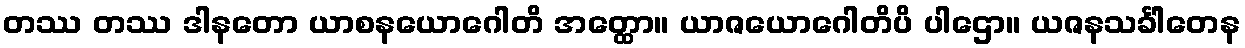
တဿ တဿ ဒါနတော ယာစနယောဂေါတိ အတ္ထော။ ယာဇယောဂေါတိပိ ပါဌော။ ယဇနသင်္ခါတေန